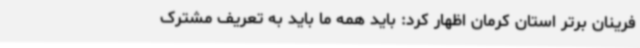
فرینان برتر استان کرمان اظهار کرد: باید همه ما باید به تعریف مشترک